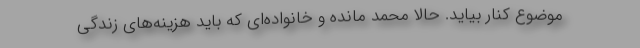
موضوع کنار بیاید. حالا محمد مانده و خانواده‌ای که باید هزینه‌های زندگی